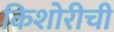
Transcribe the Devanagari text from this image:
किशोरीची